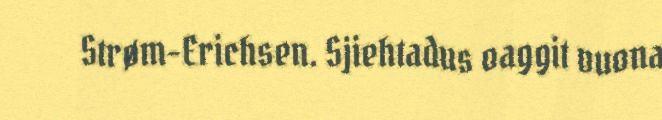
Strøm-Erichsen. Sjiehtadus oaggit vuona